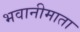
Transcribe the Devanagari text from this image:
भवानीमाता